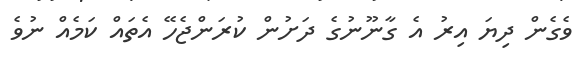
ވެގެން ދިޔަ އިރު އެ ގާނޫނުގެ ދަށުން ކުރަންޖެހޭ އެތައް ކަމެއް ނުވެ